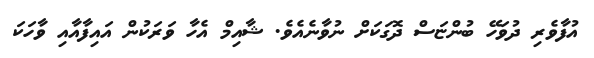
އުފާވެރި ދުވަހޭ ބުންޏަސް ދޮގަކަށް ނުވާނެއެވެ. ޝާއިމް އެހާ ވަރަކުން އައިފާއާއި ވާހަކަ